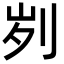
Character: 刿